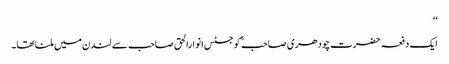
‘‘
ایک دفعہ حضرت چودھری صاحبؓ کو جسٹس انوارالحق صاحب سے لندن میں ملنا تھا۔